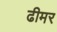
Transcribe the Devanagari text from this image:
ढीमर